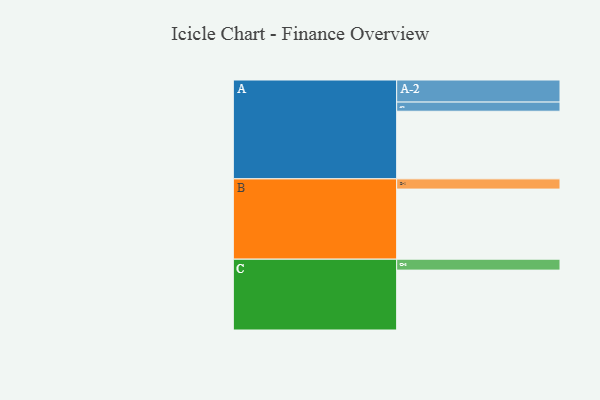
{"axis": {"x": "Segment", "y": "Value"}, "legend": ["", "A", "B", "C"], "data": [{"x": "A", "y": 576, "type": ""}, {"x": "B", "y": 597, "type": ""}, {"x": "C", "y": 510, "type": ""}, {"x": "A-1", "y": 78, "type": "A"}, {"x": "A-2", "y": 188, "type": "A"}, {"x": "B-1", "y": 87, "type": "B"}, {"x": "C-1", "y": 93, "type": "C"}]}